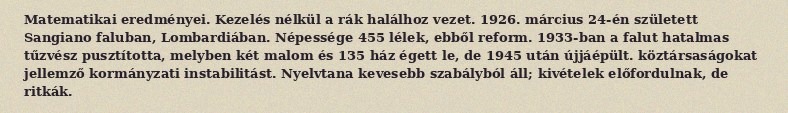
Matematikai eredményei. Kezelés nélkül a rák halálhoz vezet. 1926. március 24-én született Sangiano faluban, Lombardiában. Népessége 455 lélek, ebből reform. 1933-ban a falut hatalmas tűzvész pusztította, melyben két malom és 135 ház égett le, de 1945 után újjáépült. köztársaságokat jellemző kormányzati instabilitást. Nyelvtana kevesebb szabályból áll; kivételek előfordulnak, de ritkák.